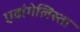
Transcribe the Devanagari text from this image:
एवांगेलिस्ता